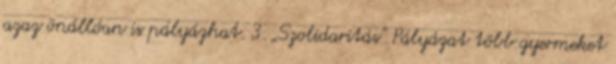
azaz önállóan is pályázhat. 3. „Szolidaritás” Pályázat több gyermeket